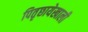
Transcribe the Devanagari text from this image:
पितृछायेखाली